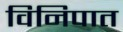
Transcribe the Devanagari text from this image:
विनिपात